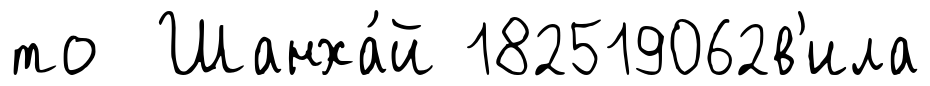
то Шанха́й 182519062в'ила